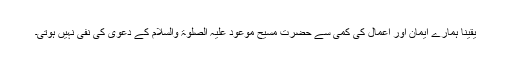
یقینا ہمارے ایمان اور اعمال کی کمی سے حضرت مسیح موعود علیہ الصلوۃ والسلام کے دعویٰ کی نفی نہیں ہوتی۔